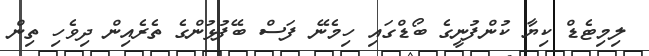
ލިމިޓެޑް ކިޔާ ކުންފުނީގެ ބޯޑްގައި ހިމެނޭ ފަސް ބޭފުޅުންގެ ތެރެއިން ދިވެހި ތިން